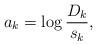
LaTeX: \begin{align*} a_k = \log \frac{D_k}{s_k},\end{align*}